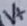
Text: V+